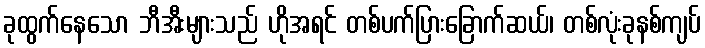
ခုထွက်နေသော ဘီအီးများသည် ဟိုအရင် တစ်ပက်ပြားခြောက်ဆယ်၊ တစ်လုံးခုနစ်ကျပ်